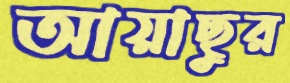
আয়াছুর